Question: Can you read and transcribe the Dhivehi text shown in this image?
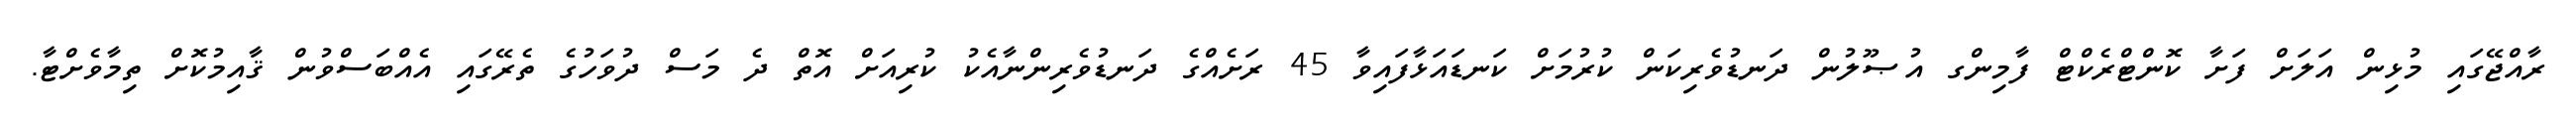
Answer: ރާއްޖޭގައި މުޅިން އަލަށް ފަށާ ކޮންޓްރެކްޓް ފާމިންގ އުޞޫލުން ދަނޑުވެރިކަން ކުރުމަށް ކަނޑައަޅާފައިވާ 45 ރަށެއްގެ ދަނޑުވެރިންނާއެކު ކުރިއަށް އޮތް ދެ މަސް ދުވަހުގެ ތެރޭގައި އެއްބަސްވުން ޤާއިމުކޮށް ތިމާވެށްޓާ.